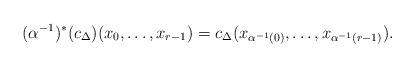
LaTeX: \begin{align*} (\alpha^{-1})^* (c_\Delta) (x_0, \dotsc, x_{r-1}) = c_\Delta (x_{\alpha^{-1} (0)}, \dotsc, x_{\alpha^{-1} (r-1)}). \end{align*}